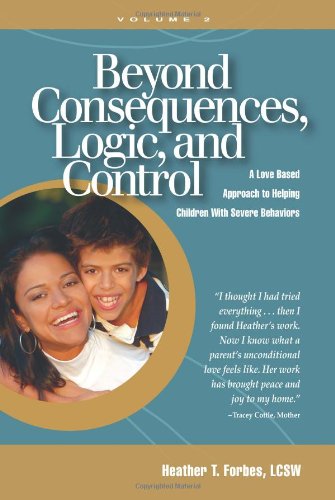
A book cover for Beyond Consequences, Logic, and Control, Vol. 2; Heather T. Forbes; Parenting & Relationships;